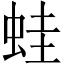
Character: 蛙